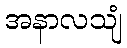
အနာလသျံ